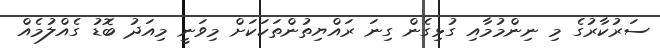
ސަރުކާރުގެ މި ނިންމުމާއި ގުޅިގެން ގިނަ ރައްޔިތުންތަކަކަށް މިވަނީ މިއަދު ބޮޑު ގެއްލުމެއް